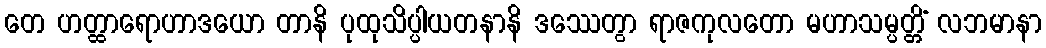
တေ ဟတ္ထာရောဟာဒယော တာနိ ပုထုသိပ္ပါယတနာနိ ဒဿေတွာ ရာဇကုလတော မဟာသမ္ပတ္တိံ လဘမာနာ